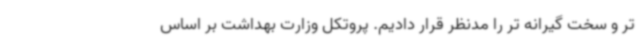
تر و سخت گیرانه تر را مدنظر قرار دادیم. پروتکل وزارت بهداشت بر اساس